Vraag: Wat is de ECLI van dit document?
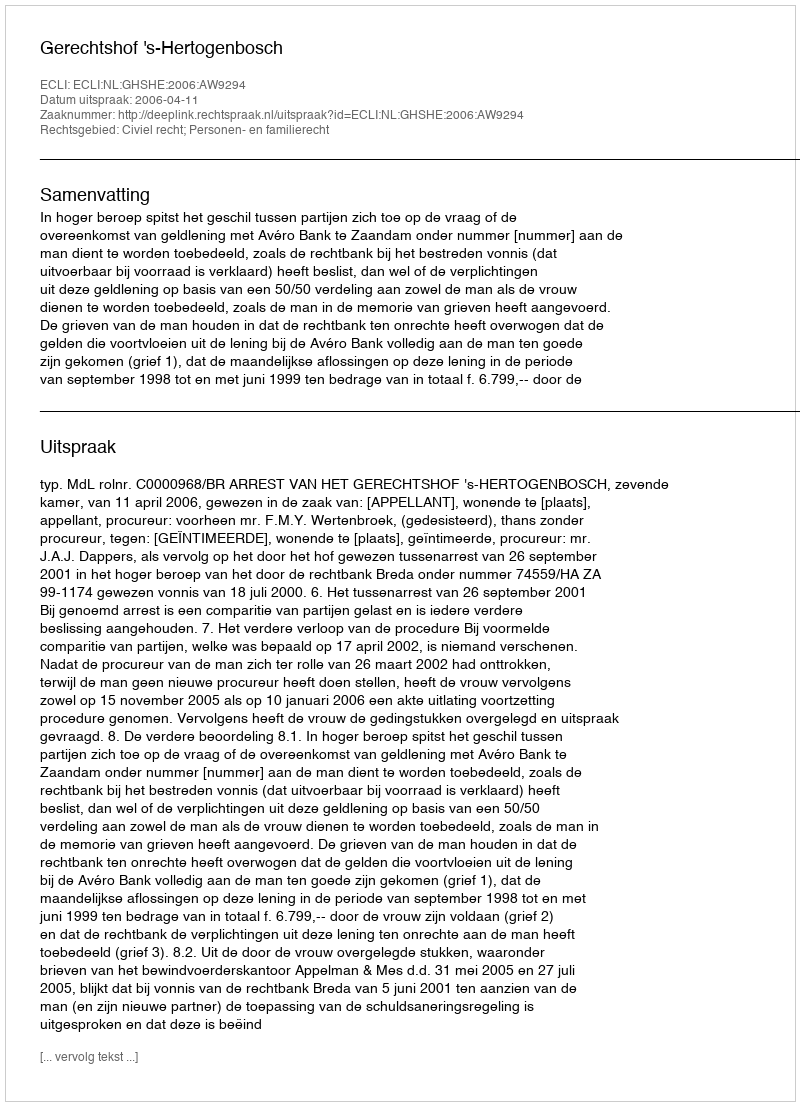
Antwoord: ECLI:NL:GHSHE:2006:AW9294